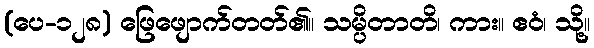
(ပေ-၁၂၈) ဖြေဖျောက်တတ်၏။ သမ္ပိတာတိ၊ ကား။ ဧဝံ၊ သို့။